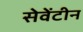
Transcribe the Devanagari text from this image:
सेवेंटीन